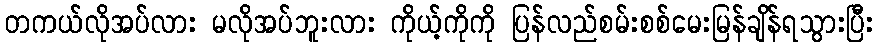
တကယ်လိုအပ်လား မလိုအပ်ဘူးလား ကိုယ့်ကိုကို ပြန်လည်စမ်းစစ်မေးမြန်ချိန်ရသွားပြီး